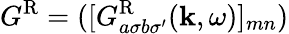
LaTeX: G^{\textrm{R}}=([G_{a\sigma b\sigma^{\prime}}^{\textrm{R}}(\mathbf{k},\omega)]_{mn})